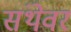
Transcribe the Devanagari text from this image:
संथेवर